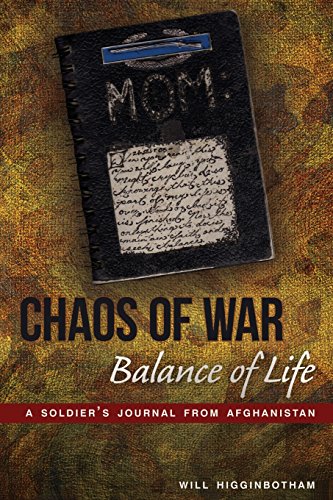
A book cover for Chaos of War, Balance of Life: A Soldier's Journal from Afghanistan; Will Higginbotham; History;